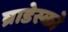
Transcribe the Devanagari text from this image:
ब्राडेस्को